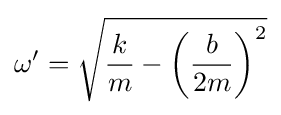
\omega '={\sqrt {{\frac {k}{m}}-\left({\frac {b}{2m}}\right)^{2}}}